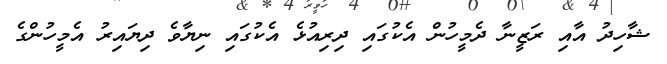
ޝާހިދު އާއި ރަޒީނާ ދެމީހުން އެކުގައި ދިރިއުޅެ އެކުގައި ނިޔާވެ ދިޔައިރު އެމީހުންގެ